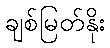
ချစ်မြတ်နိုး